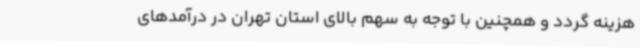
هزینه گردد و همچنین با توجه به سهم بالای استان تهران در درآمدهای